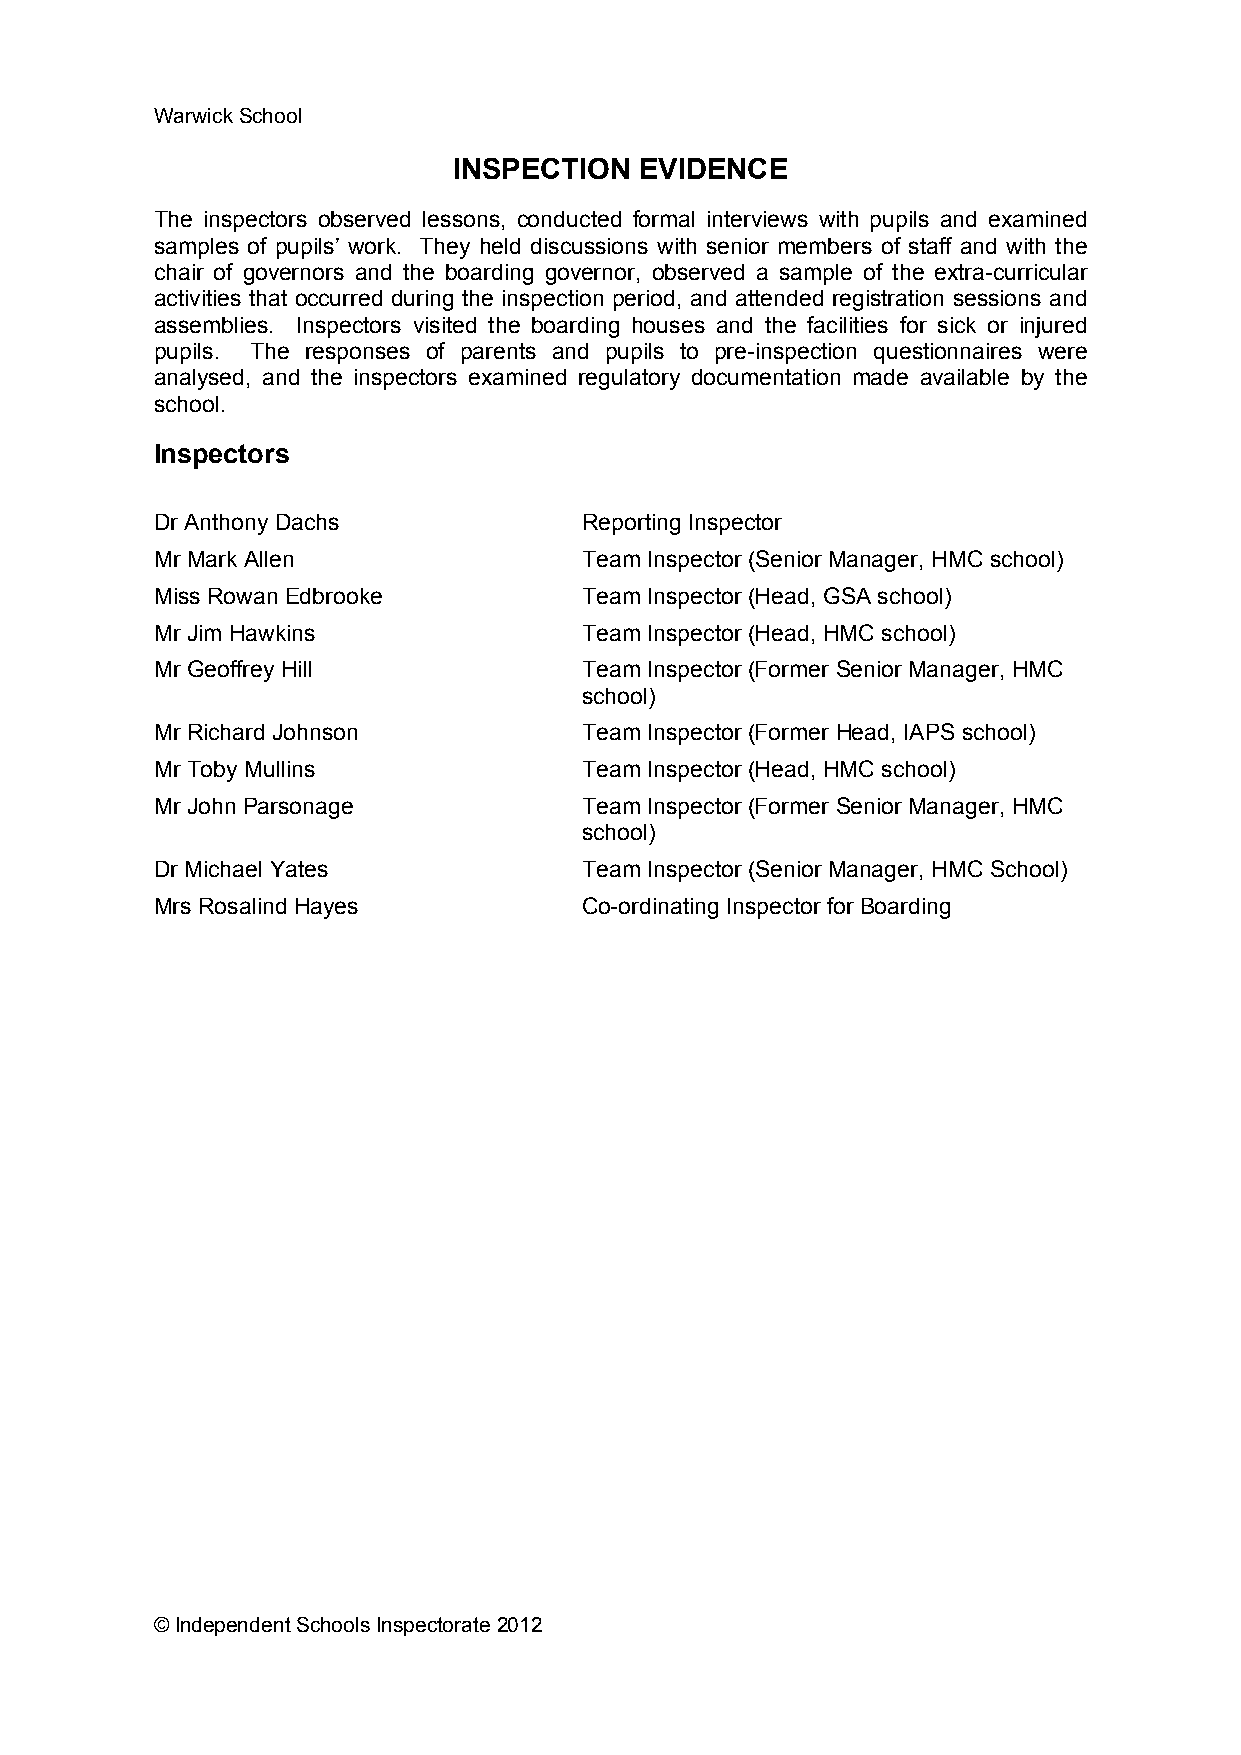
Warwick School
 INSPECTION  EVIDENCE
 The inspectors observed lessons, conducted formal interviews with pupils and examined
 samples of pupils’ work. They held discussions with senior members of staff and with the
 chair of governors and the boarding governor, observed a sample of the extra-curricular
 activities that occurred during the inspection period, and attended registration sessions and
 assemblies. Inspectors visited the boarding houses and the facilities for sick or injured
 pupils. The responses of parents and pupils to pre-inspection questionnaires were
 analysed, and the inspectors examined regulatory documentation made available by the
 school.
 Inspectors
 Dr Anthony Dachs             Reporting Inspector
 Mr Mark Allen                Team Inspector (Senior Manager, HMC school)
 Miss Rowan Edbrooke          Team Inspector (Head, GSA school)
 Mr Jim Hawkins               Team Inspector (Head, HMC school)
 Mr Geoffrey Hill             Team Inspector (Former Senior Manager, HMC
 school)
 Mr Richard Johnson           Team Inspector (Former Head, IAPS school)
 Mr Toby Mullins              Team Inspector (Head, HMC school)
 Mr John Parsonage            Team Inspector (Former Senior Manager, HMC
 school)
 Dr Michael Yates             Team Inspector (Senior Manager, HMC School)
 Mrs Rosalind Hayes           Co-ordinating Inspector for Boarding
 © Independent Schools Inspectorate 2012